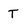
Character: T